Report of an investigation into the causes of the diseases known in Assam as Kála-Azár and Beri-Beri
Disease focus: Beri-Beri
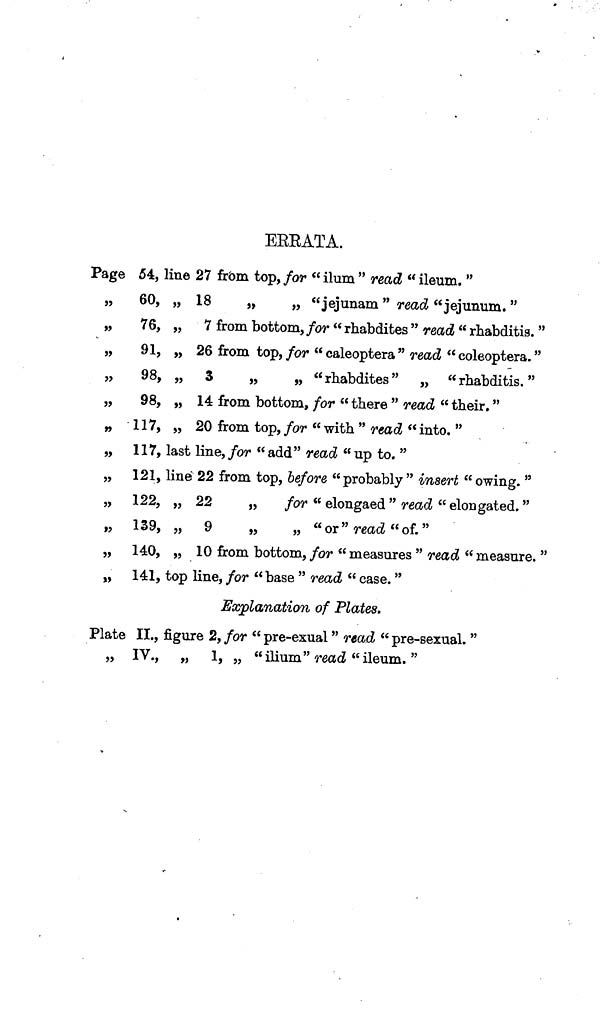
EEEATA.
Page 54, line 27 from top, for " ilum " read " ileum. "
„
60, „ 18
„
„ "jejunam" read "jejunum."
„
76, „ 7 from bottom, for " rhabdites " read " rhabditig. "
„
91, „ 26 from top, for " caleoptera" read " coleoptera."
„
98, „ 3
„
„ "rhabdites" „ "rhabditis."
„
98, „ 14 from bottom, for "there " read " their."
„ 117, „ 20 from top, for " with " read « into. "
„ 117, last line, for " add" read " up to. "
„ 121, line 22 from top, before "probably" insert " owing. "
„ 122, „ 22
„
for " elongaed" read " elongated."
„ 139, „ 9
„
„ «or"reac?"of."
„ 140, „ 10 from bottom, for " measures " read " measure. "
„ 141, top line, for " base " read " case."
Explanation of Plates.
Plate II., figure 2, for " pre-exual" read " pre-sexual. "
„ IV., „ 1, „ " ilium "read "ileum. "